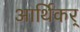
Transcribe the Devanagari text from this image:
आर्थिकर्